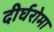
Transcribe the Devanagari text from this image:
दीर्घरोमा